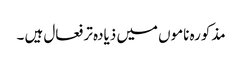
مذکورہ ناموں میں ذیادہ تر فعال ہیں ۔